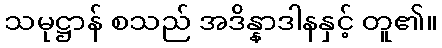
သမုဋ္ဌာန် စသည် အဒိန္နာဒါနနှင့် တူ၏။